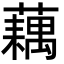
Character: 藕